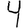
Digit: 4